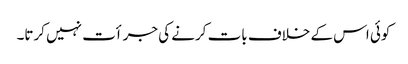
کوئی اس کے خلاف بات کرنے کی جرأت نہیں کرتا۔